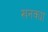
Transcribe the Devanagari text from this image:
खनक्या